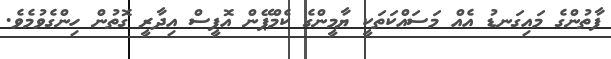
ފާތުންގެ މައިގަނޑު އެއް މަސައްކަތަކީ ޔާމީންގެ ކެމްޕޭން އޮފީސް އިދާރީ ގޮތުން ހިންގެވުމެވެ.